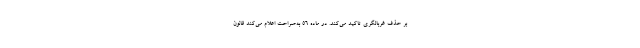
بر حذف غربالگری تاکید می‌کند. در ماده ۵۶ به‌صراحت اعلام می‌کند قانون